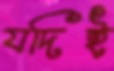
যদিই